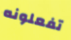
تفعلونه